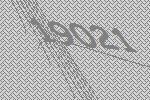
19021